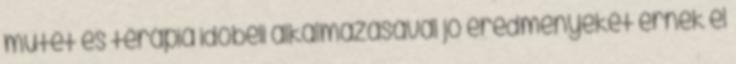
műtét és terápia időbeli alkalmazásával jó eredményeket érnek el